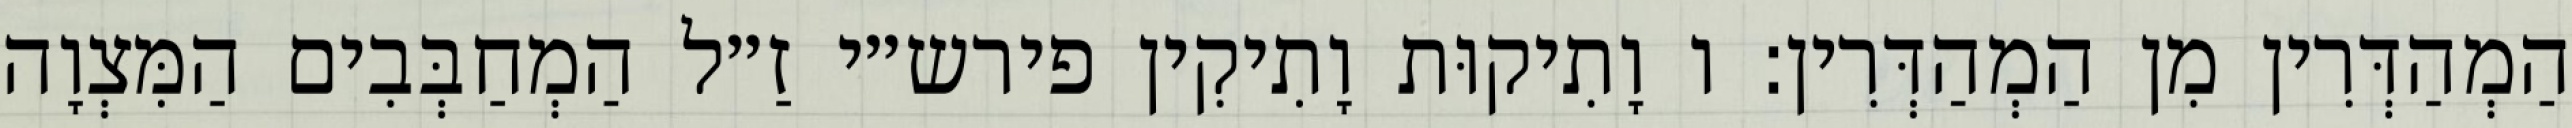
הַמְהַדְּרִין מִן הַמְהַדְּרִין: ו וָתִיקוּת וָתִיקִין פירש״י זַ״ל הַמְחַבְּבִים הַמִּצְוָה